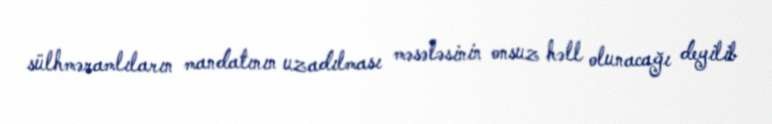
sülhməramlıların mandatının uzadılması məsələsinin onsuz həll olunacağı deyilib